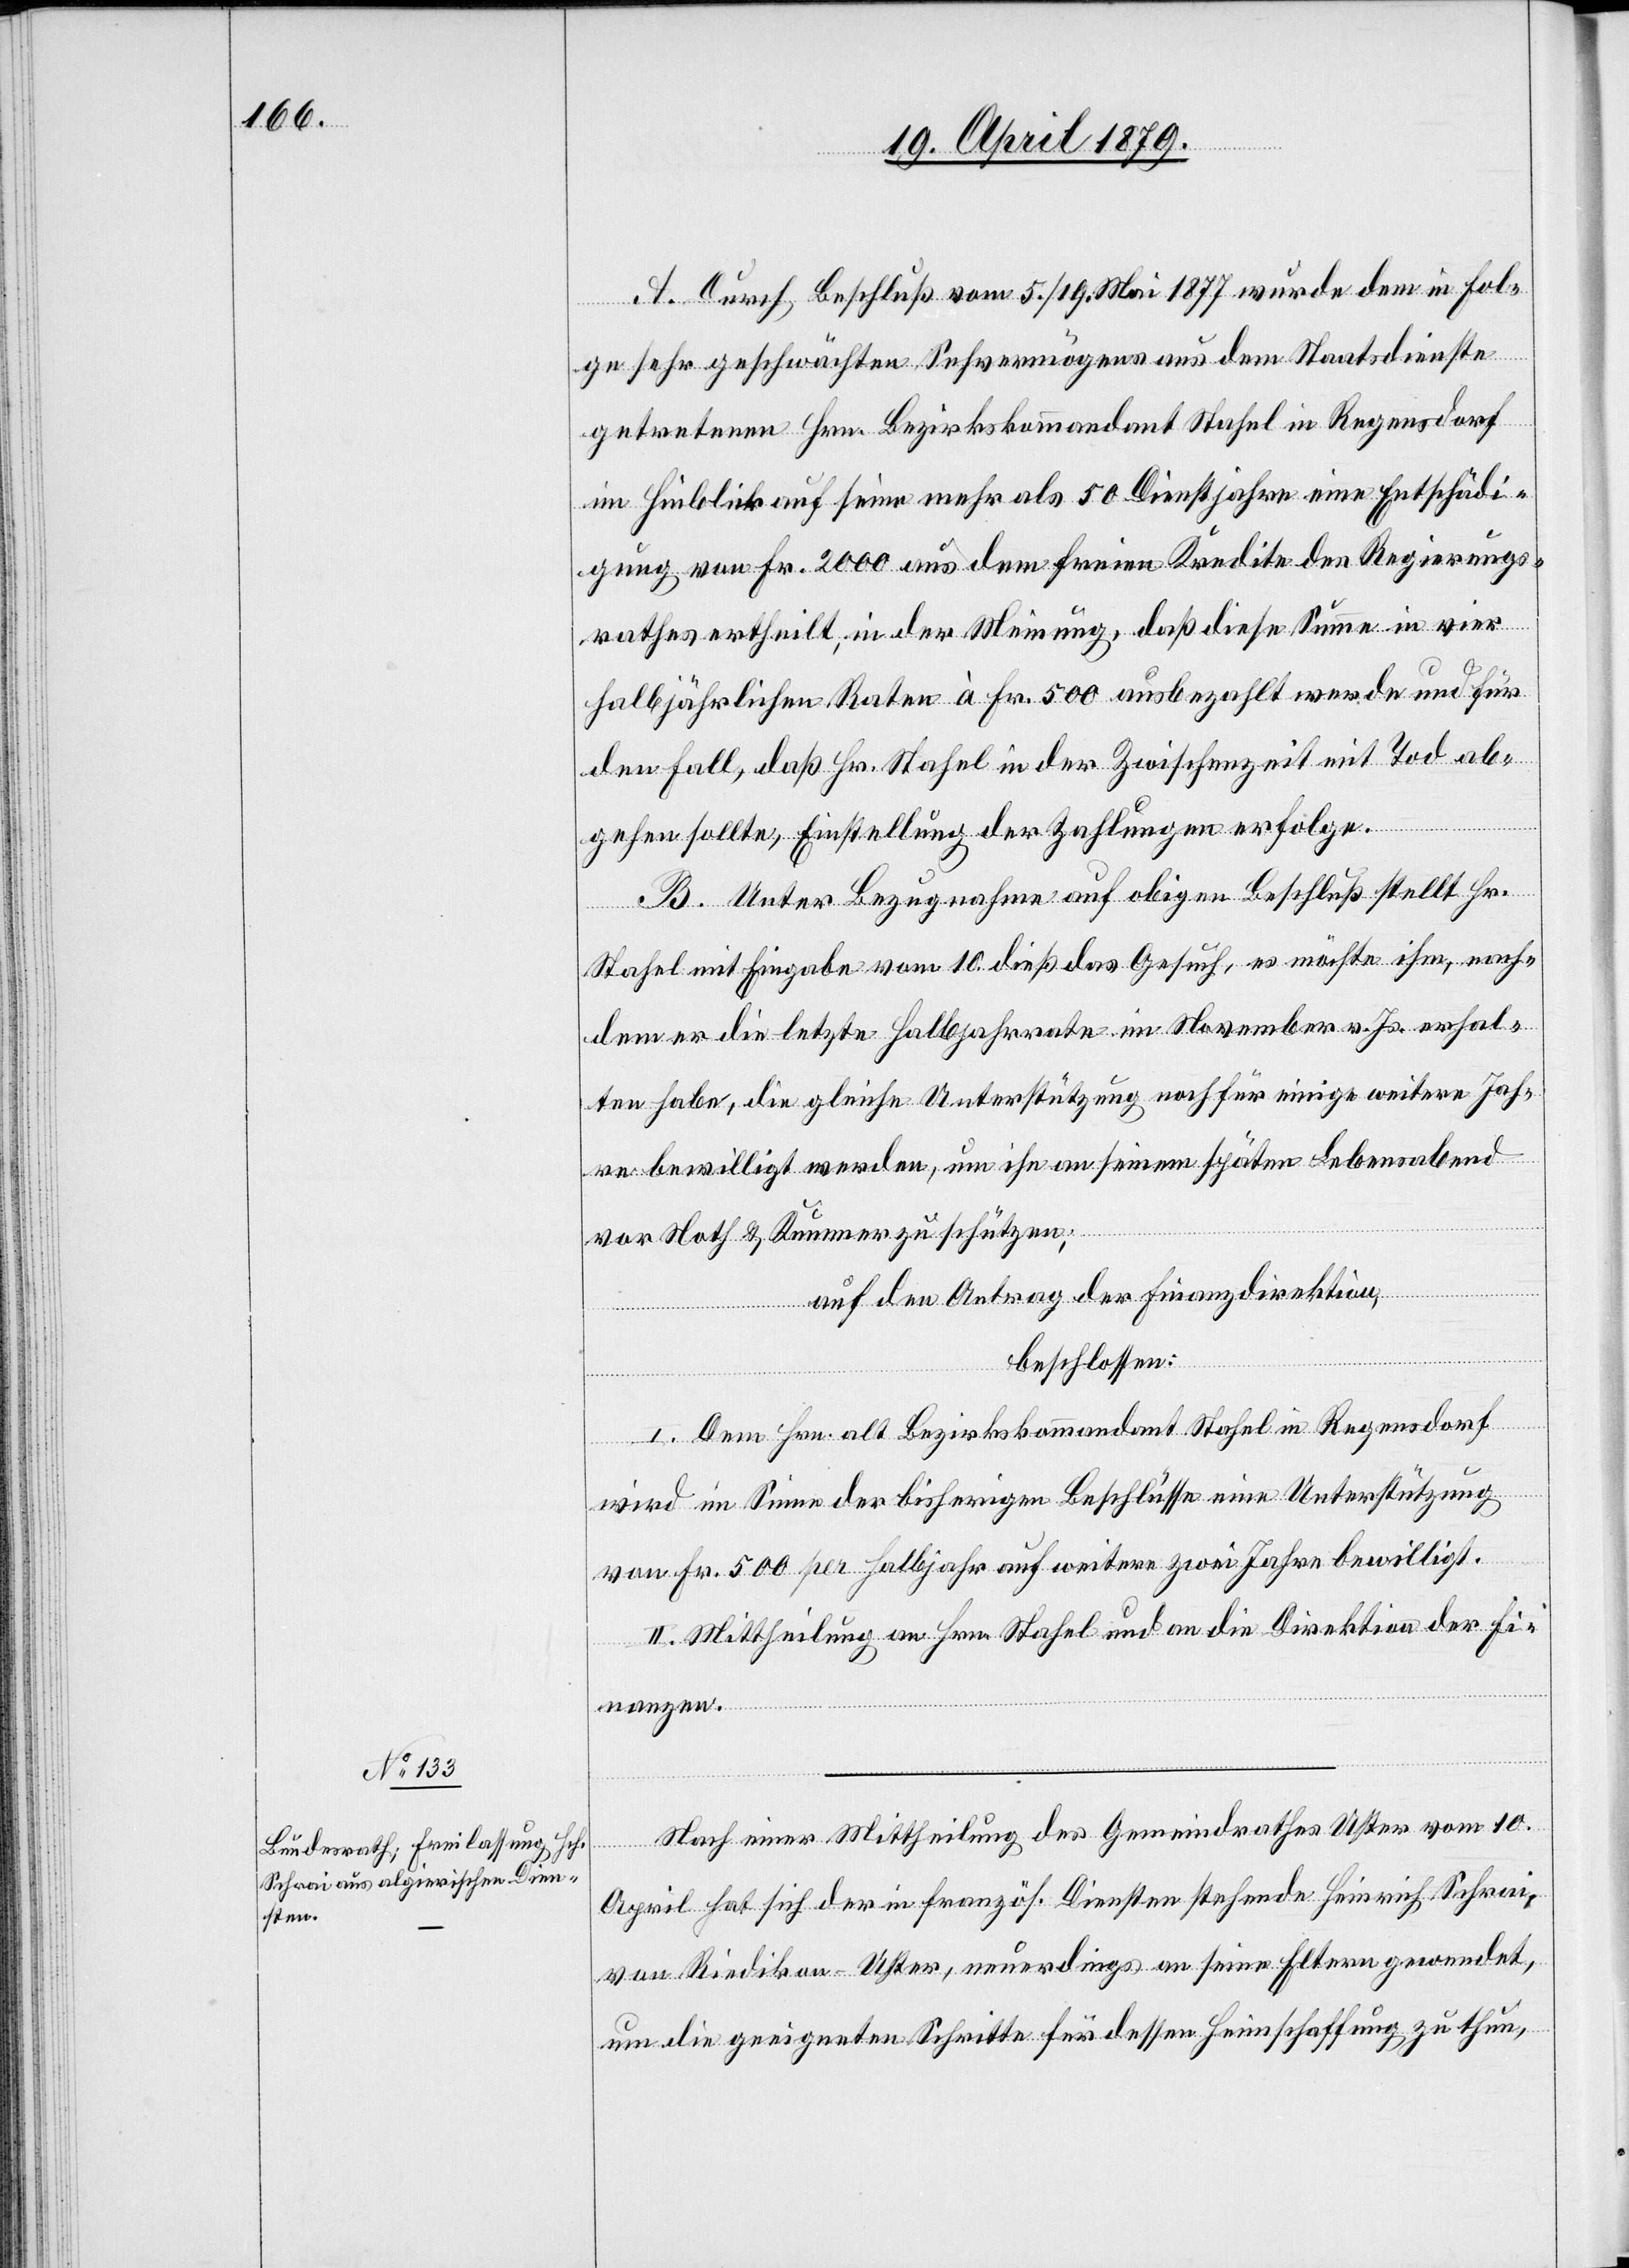
A. Durch Beschluß vom 5./19. Mai 1877 wurde dem in Fol¬
ge sehr geschwächten Sehvermögens aus dem Staatsdienste
getretenen Hrn. Bezirkskommandant Stahel in Regensdorf
im Hinblick auf seine mehr als 50 Dienstjahre eine Entschädi¬
gung von Fr. 2000 aus dem freien Kredite des Regierungs¬
rathes ertheilt, in der Meinung, daß diese Summe in vier
halbjährlichen Raten à Fr. 500 ausbezahlt werde und für
den Fall, daß Hr. Stahel in der Zwischenzeit mit Tod ab¬
gehen sollte, Einstellung der Zahlungen erfolge.
B. Unter Bezugnahme auf obigen Beschluß stellt Hr.
Stahel mit Eingabe vom 10. dieß das Gesuch, es möchte ihm, nach¬
dem er die letzte Halbjahrrate im November v. Js. erhal¬
ten habe, die gleiche Unterstützung noch für einige weitere Jah¬
re bewilligt werden, um ihn an seinem späten Lebensabend
vor Noth & Kummer zu schützen;
auf den Antrag der Finanzdirektion,
beschlossen:
I. Dem Hrn. alt Bezirkskommandant Stahel in Regensdorf
wird im Sinne der bisherigen Beschlüsse eine Unterstützung
von Fr. 500 per Halbjahr auf weitere zwei Jahre bewilligt.
II. Mittheilung an Hrn. Stahel und an die Direktion der Fi¬
nanzen.
Nach einer Mittheilung des Gemeindrathes Uster vom 10.
April hat sich der in französ. Diensten stehende Heinrich Schrai,
von Riedikon - Uster, neuerdings an seine Eltern gewendet,
um die geeigneten Schritte für dessen Heimschaffung zu thun,